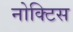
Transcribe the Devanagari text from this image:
नोक्टिस